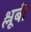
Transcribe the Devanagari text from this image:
श्लूबी